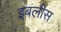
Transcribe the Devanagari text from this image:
इबलीस